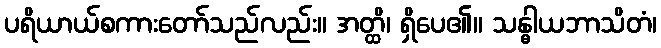
ပရိယာယ်စကားတော်သည်လည်း။ အတ္ထိ၊ ရှိပေ၏။ သန္ဓါယဘာသိတံ၊